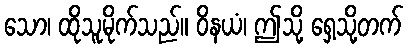
သော၊ ထိုသူမိုက်သည်။ ဝိနယံ၊ ဤသို့ ရှေ့သို့တက်